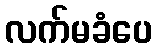
လက်မခံပေ